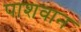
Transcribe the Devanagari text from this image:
पाशवान